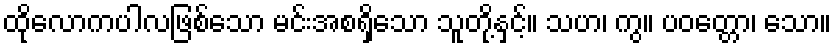
ထိုလောကပါလဖြစ်သော မင်းအစရှိသော သူတို့နှင့်။ သဟ၊ ကွ။ ပဝတ္တော၊ သော။